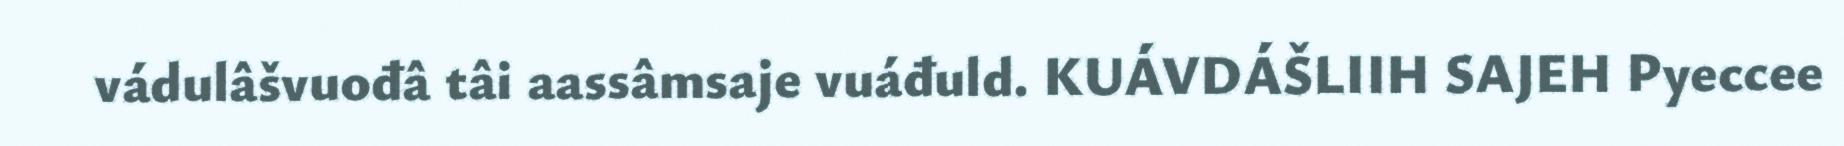
vádulâšvuođâ tâi aassâmsaje vuáđuld. KUÁVDÁŠLIIH SAJEH Pyeccee